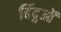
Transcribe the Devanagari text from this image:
हिंदुऒं